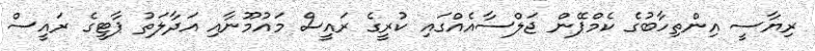
ރިޔާސީ އިންތިހާބުގެ ކެމްޕޭން ޖަލްސާއެއްގައި ކުރީގެ ރައީސް މައުމޫނާއި އަދާލަތު ޕާޓީގެ ރައީސް